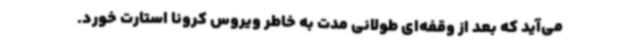
می‌آید که بعد از وقفه‌ای طولانی مدت به خاطر ویروس کرونا استارت خورد.